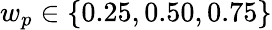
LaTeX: w_{p}\in\{ 0.25,0.50,0.75\}